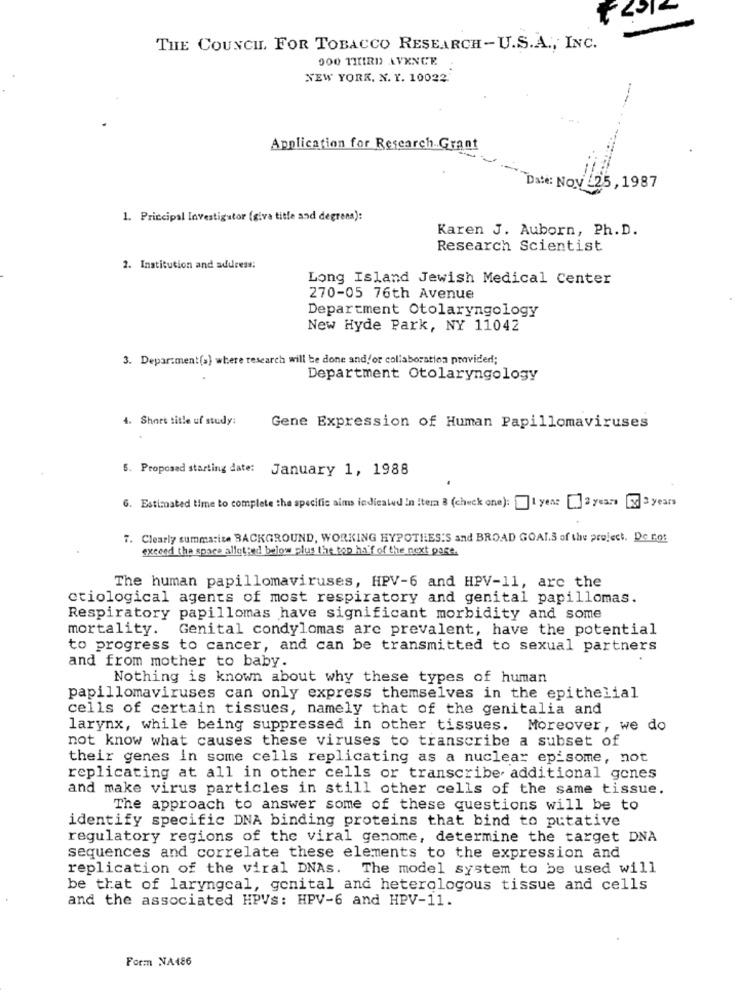
THE COUNCIL, FOR TOBACCO RESEARCH-U.S.A ., INC.
000 THIRD AVENCE
NEW YORK, N. Y. 10022.
Application for Research Grant
Date: Nov -25, 1987
1. Principal Investigator (giva title and degrens):
Karen J. Auborn, Ph. D.
Research Scientist
2. Institution and address:
Long Island Jewish Medical Center
270-05 76th Avenue
Department Otolaryngology
New Hyde Park, NY 11042
3. Department(a) where research will be done and/or collaboration provided;
Department Otolaryngology
4. Short title uf study:
Gene Expression of Human Papillomaviruses
5. Proposed starting date: January 1, 1988
6. Estimated time to complete the specific aims indicated in iter 3 (check one): I yen: [ 2 years 1 3 years
7. Clearly summarize BACKGROUND, WORKING HYPOTHESIS and BROAD GOALS of the project. De to:
exceed the space allotted below plus the top ha'f of the next page.
The human papillomaviruses, HPV-6 and HPV-11, arc the
etiological agents of most respiratory and genital papillomas.
Respiratory papillomas have significant morbidity and some
mortality.
Genital condylomas arc prevalent, have the potential
to progress to cancer, and can be transmitted to sexual partners
and from mother to baby.
Nothing is known about why these types of human
papillomaviruses can only express themselves in the epithelial
cells of certain tissues, namely that of the genitalia and
larynx, while being suppressed in other tissues. Moreover, we do
not know what causes these viruses to transcribe a subset of
their genes in some cells replicating as a nuclear episome, not
replicating at all in other cells or transcribe additional gones
and make virus particles in still other cells of the same tissue.
The approach to answer some of these questions will be to
identify specific DNA binding proteins that bind to putative
regulatory regions of the viral genome, determine the target DNA
sequences and correlate these elements to the expression and
replication of the viral DNAs. The model system to be used will
be that of laryngeal, genital and heterologous tissue and cells
and the associated HPVs: HPV-6 and HPV-11.
Form NA486